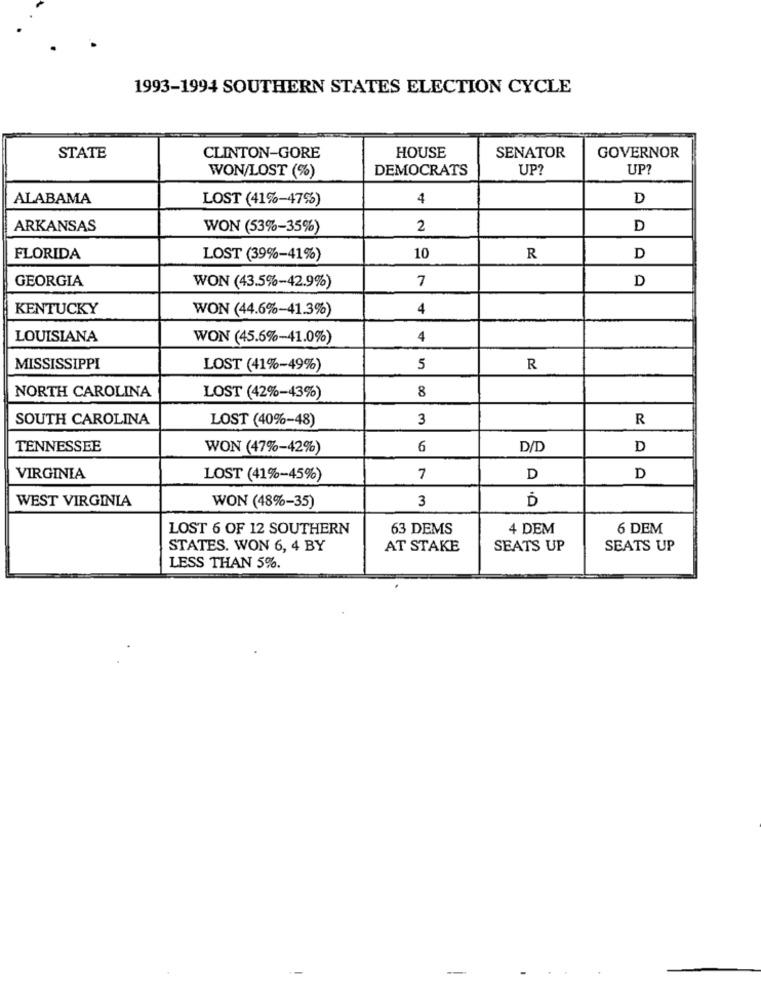
1993-1994 SOUTHERN STATES ELECTION CYCLE
SENATOR
STATE
CLINTON-GORE
HOUSE
GOVERNOR
WON/LOST (%)
DEMOCRATS
UP?
UP?
ALABAMA
LOST (41%-47%)
4
D
ARKANSAS
WON (53%-35%)
2
D
FLORIDA
LOST (39%-41%)
10
R
D
GEORGIA
7
D
WON (43.5%-42.9%)
KENTUCKY
WON (44.6%-41.3%)
4
LOUISIANA
WON (45.6%-41.0%)
4
MISSISSIPPI
LOST (41%-49%)
5
R
8
NORTH CAROLINA
LOST (42%-43%)
SOUTH CAROLINA
LOST (40%-48)
3
R
TENNESSEE
WON (47%-42%)
6
D/D
D
VIRGINIA
LOST (41%-45%)
7
D
D
WEST VIRGINIA
3
WON (48%-35)
LOST 6 OF 12 SOUTHERN
63 DEMS
4 DEM
6 DEM
STATES. WON 6, 4 BY
AT STAKE
SEATS UP
SEATS UP
LESS THAN 5%.
-